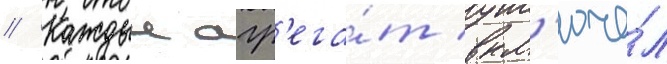
// Каждыи агр'ега́т вкл'юча́л